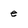
Character: e